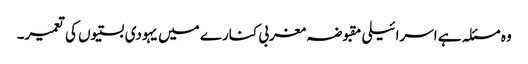
وہ مسئلہ ہے اسرائیلی مقبوضہ مغربی کنارے میں یہودی بستیوں کی تعمیر۔